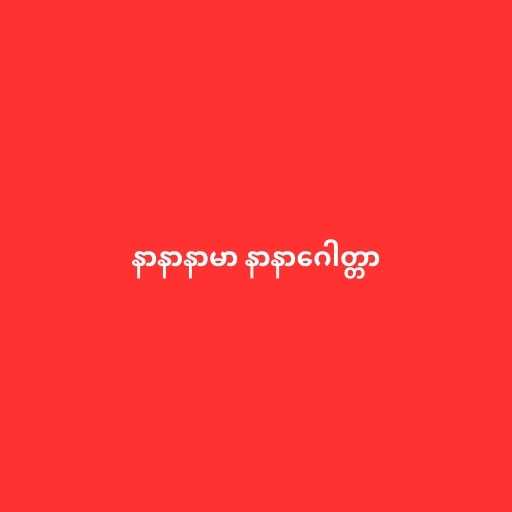
နာနာနာမာ နာနာဂေါတ္တာ